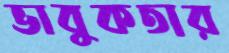
ভাবুকতার